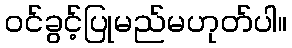
ဝင်ခွင့်ပြုမည်မဟုတ်ပါ။